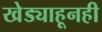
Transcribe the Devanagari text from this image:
खेड्याहूनही